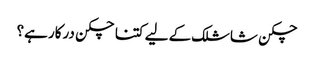
چکن شاشلک کے لیے کتنا چکن درکار ہے؟